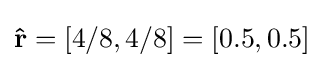
\mathbf {\hat {r}} =[4/8,4/8]=[0.5,0.5]